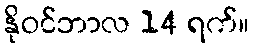
နိုဝင်ဘာလ 14 ရက်။